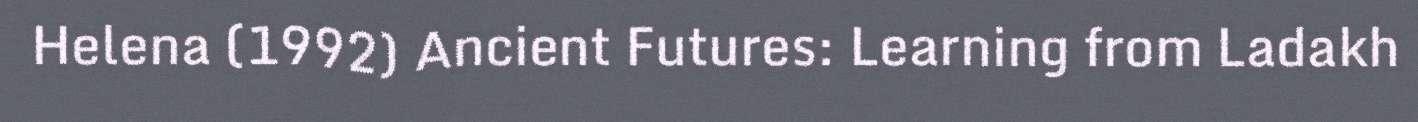
Helena (1992) Ancient Futures: Learning from Ladakh